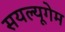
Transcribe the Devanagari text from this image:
सयल्यूगेम